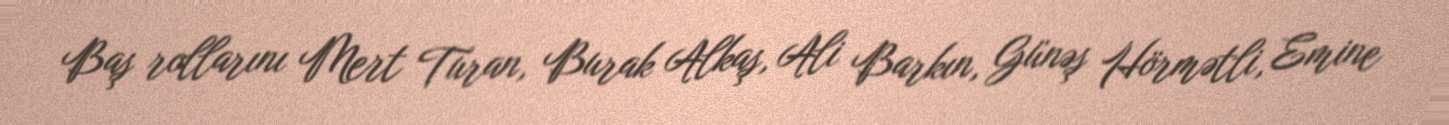
Baş rollarını Mert Turan, Burak Alkaş, Ali Barkın, Günəş Hörmətli, Emine